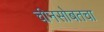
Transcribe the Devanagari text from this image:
चीनसोबतचा